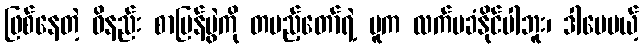
ဖြစ်နေတဲ့ ဝိနည်း စာပြန်ပွဲကို တပည့်တော်ရဲ့ မူက လက်မခံနိုင်ပါဘူး၊ ဒါပေမယ့်